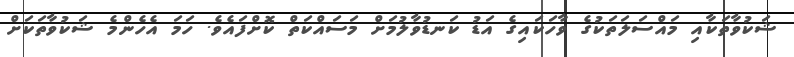
ޝަކުވާތަކާއި މައްސަލަތަކުގެ ވާހަކައިގެ އަޑު ކަނޑުވާލުމަށް މަސައްކަތް ކޮށްފައެވެ. ހަމަ އެހެންމެ ޝަކުވާތަކަށް